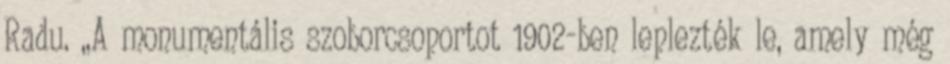
Radu. ,,A monumentális szoborcsoportot 1902-ben leplezték le, amely még